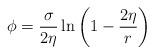
LaTeX: \begin{align*}\phi = \frac{\sigma}{2\eta}\ln \left ( 1- \frac{2\eta}{r} \right )\end{align*}